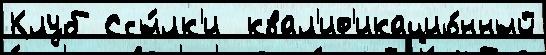
Клуб Ссы́лк'и  квал'иф'икацио́нный